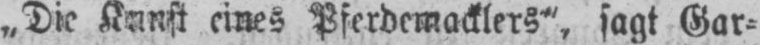
„Die Kunst eines Pferdemacklers”, sagt Gar⸗